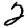
Digit: 2